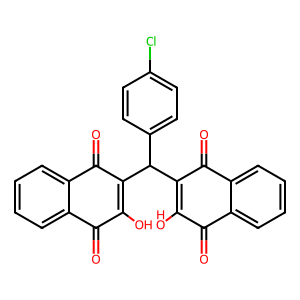
SMILES: O=C1C(O)=C(C(C2=C(O)C(=O)c3ccccc3C2=O)c2ccc(Cl)cc2)C(=O)c2ccccc21
Inhibits HIV replication: No